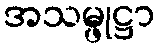
အသမ္ဖုဋ္ဌာ